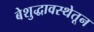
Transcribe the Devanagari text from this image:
बेशुद्धावस्थेतून